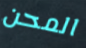
المحن